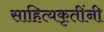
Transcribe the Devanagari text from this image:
साहित्यकृतींनी